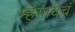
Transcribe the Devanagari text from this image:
म्हंगायचं